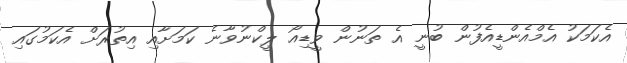
އެކަމަކު އެމްއެންޑީއެފުން ބުނީ އެ ތަނުން ވީޑިއޯ ލީކްނުވާނެ ކަމަށާއި އިތުރަށް އެކަމުގައި